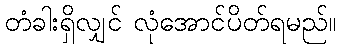
တံခါးရှိလျှင် လုံအောင်ပိတ်ရမည်။